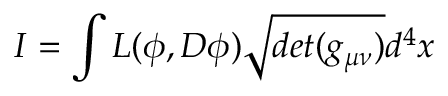
I = \int { \cal L } ( \phi , D \phi ) \sqrt { d e t ( g _ { \mu \nu } ) } d ^ { 4 } x